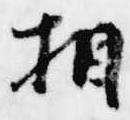
相